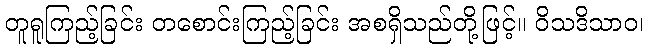
တူရူကြည့်ခြင်း တစောင်းကြည့်ခြင်း အစရှိသည်တို့ဖြင့်။ ဝိသဒိသာဝ၊